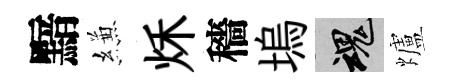
黯縑秌穡塢魂爐